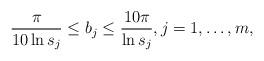
LaTeX: \begin{align*}\frac{\pi}{10\ln s_{j}}\leq b_{j}\leq \frac{10\pi}{\ln s_{j}}, j=1,\dots, m,\end{align*}